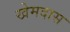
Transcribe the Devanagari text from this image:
खेमदास